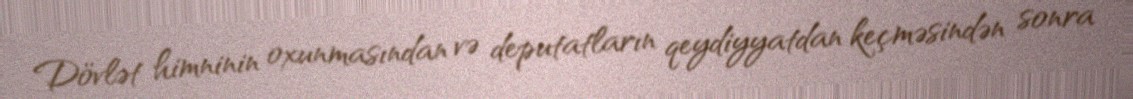
Dövlət himninin oxunmasından və deputatların qeydiyyatdan keçməsindən sonra